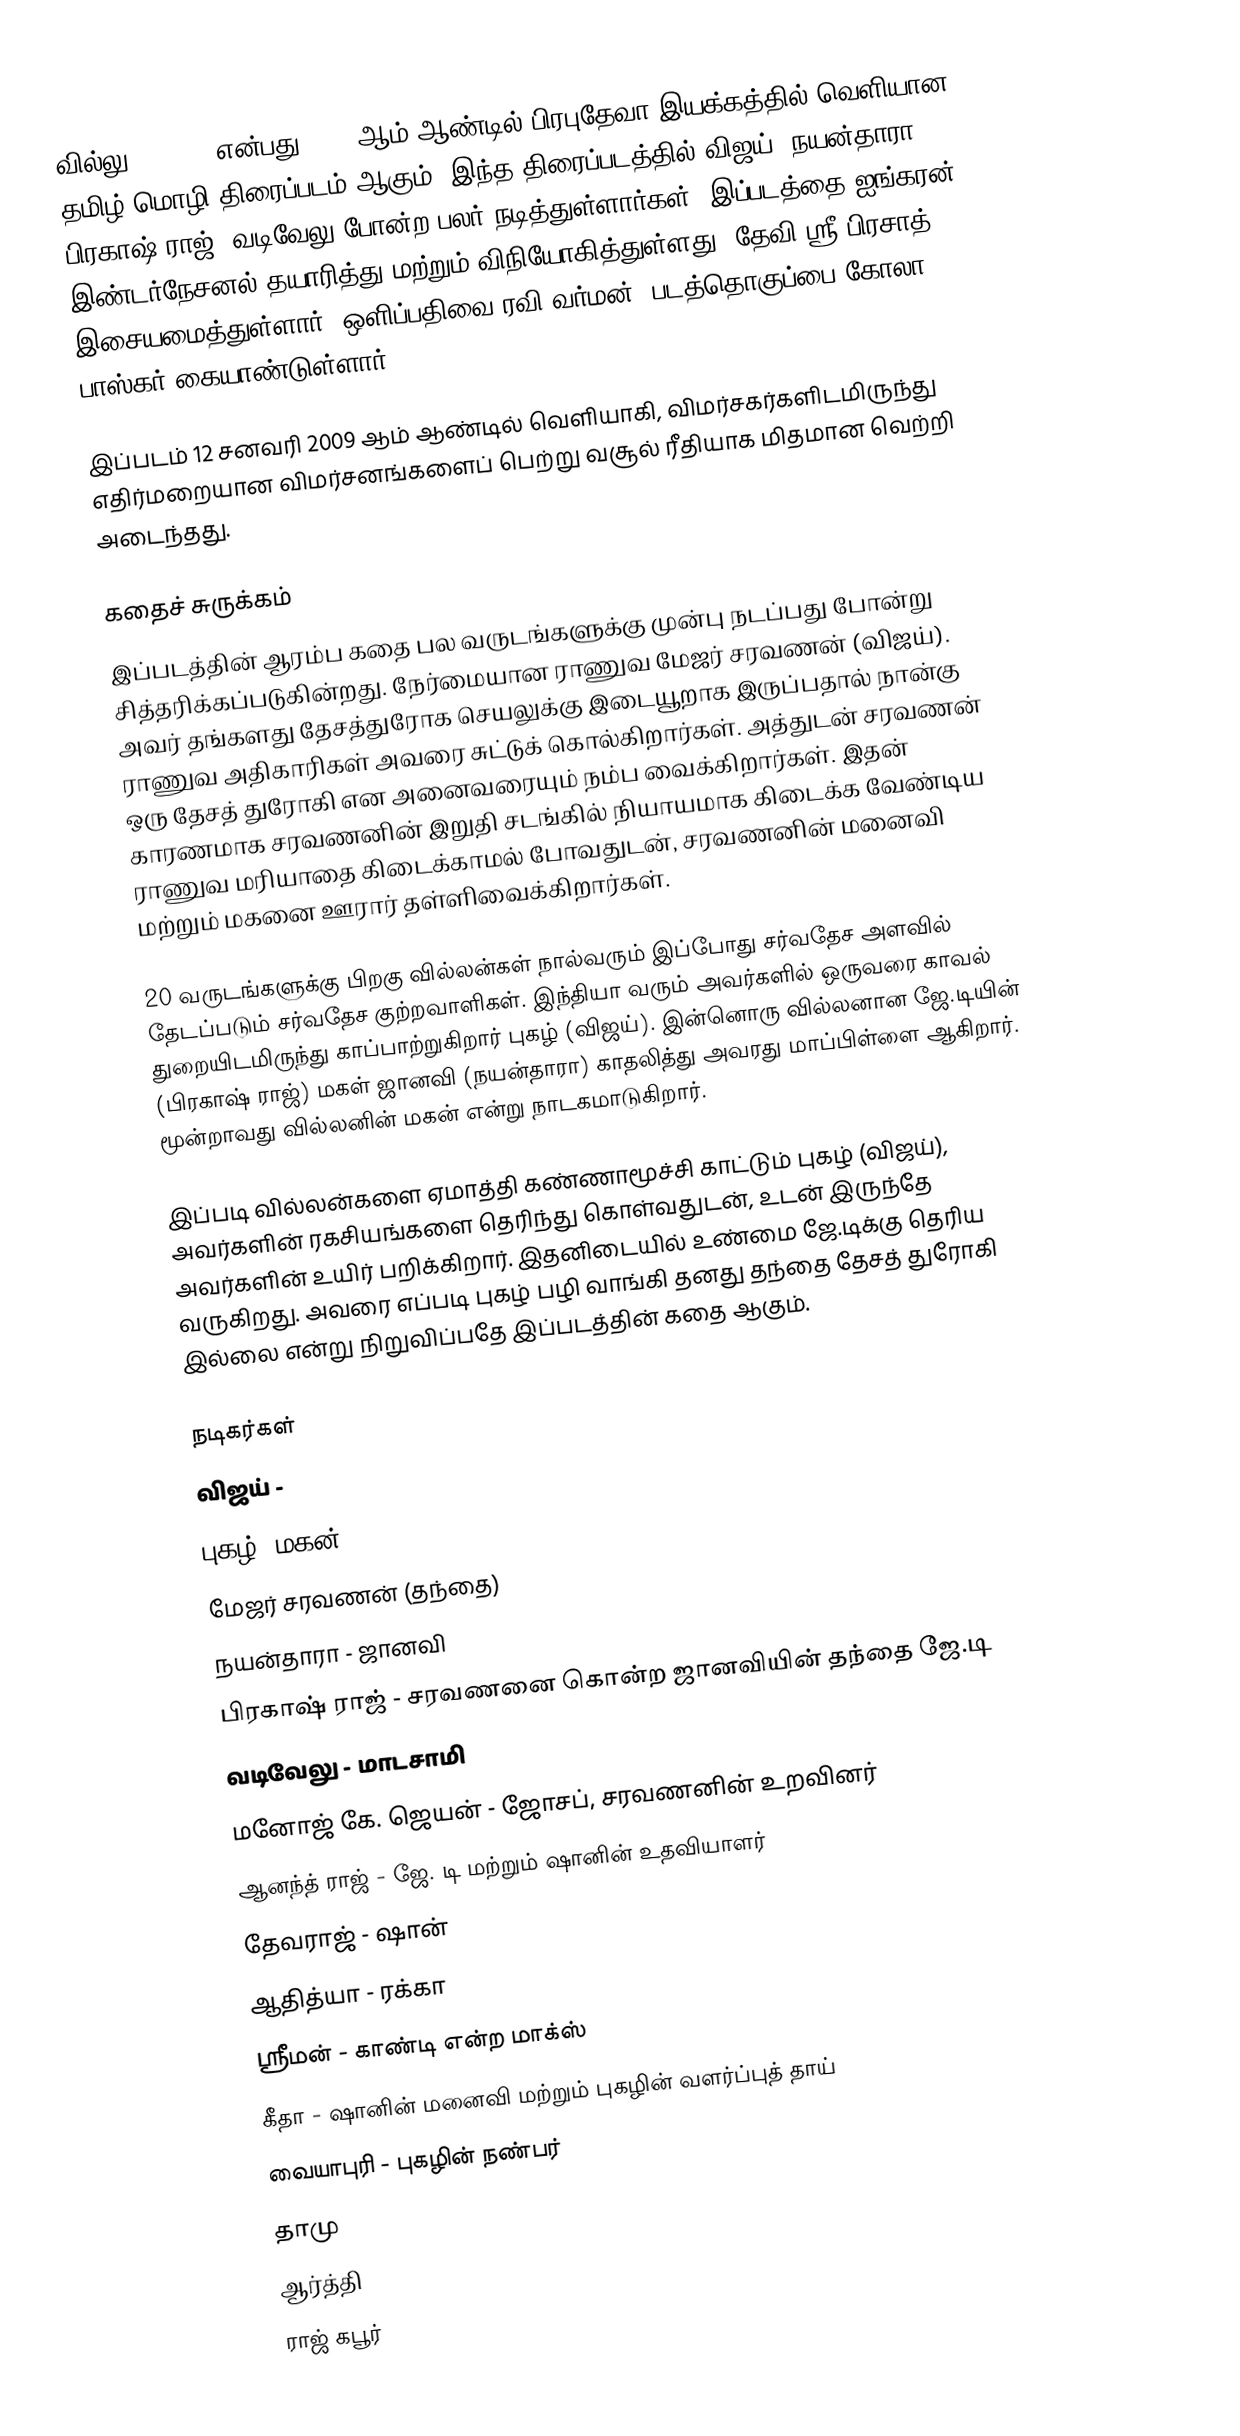
வில்லு (Villu) என்பது 2009 ஆம் ஆண்டில் பிரபுதேவா இயக்கத்தில் வெளியான தமிழ்-மொழி திரைப்படம் ஆகும். இந்த திரைப்படத்தில் விஜய், நயன்தாரா, பிரகாஷ் ராஜ், வடிவேலு போன்ற பலர் நடித்துள்ளார்கள். இப்படத்தை ஐங்கரன் இண்டர்நேசனல் தயாரித்து மற்றும் விநியோகித்துள்ளது, தேவி ஸ்ரீ பிரசாத் இசையமைத்துள்ளார். ஒளிப்பதிவை ரவி வர்மன், படத்தொகுப்பை கோலா பாஸ்கர் கையாண்டுள்ளார்.

இப்படம் 12 சனவரி 2009 ஆம் ஆண்டில் வெளியாகி, விமர்சகர்களிடமிருந்து எதிர்மறையான விமர்சனங்களைப் பெற்று வசூல் ரீதியாக மிதமான வெற்றி அடைந்தது.

கதைச் சுருக்கம்
இப்படத்தின் ஆரம்ப கதை பல வருடங்களுக்கு முன்பு நடப்பது போன்று சித்தரிக்கப்படுகின்றது. நேர்மையான ராணுவ மேஜர் சரவணன் (விஜய்). அவர் தங்களது தேசத்துரோக செயலுக்கு இடையூறாக இருப்பதால் நான்கு ராணுவ அதிகாரிகள் அவரை சுட்டுக் கொல்கிறார்கள். அத்துடன் சரவணன் ஒரு தேசத் துரோகி என அனைவரையும் நம்ப வைக்கிறார்கள். இதன் காரணமாக சரவணனின் இறுதி சடங்கில் நியாயமாக கிடைக்க வேண்டிய ராணுவ மரியாதை கிடைக்காமல் போவதுடன், சரவணனின் மனைவி மற்றும் மகனை ஊரார் தள்ளிவைக்கிறார்கள்.

20 வருடங்களுக்கு பிறகு வில்லன்கள் நால்வரும் இப்போது சர்வதேச அளவில் தேடப்படும் சர்வதேச குற்றவாளிகள். இந்தியா வரும் அவர்களில் ஒருவரை காவல் துறையிடமிருந்து காப்பாற்றுகிறார் புகழ் (விஜய்). இன்னொரு வில்லனான ஜே.டியின் (பிரகாஷ் ராஜ்) மகள் ஜானவி (நயன்தாரா) காதலித்து அவரது மாப்பிள்ளை ஆகிறார். மூன்றாவது வில்லனின் மகன் என்று நாடகமாடுகிறார்.

இப்படி வில்லன்களை ஏமாத்தி கண்ணாமூச்சி காட்டும் புகழ் (விஜய்), அவர்களின் ரகசியங்களை தெரிந்து கொள்வதுடன், உடன் இருந்தே அவர்களின் உயிர் பறிக்கிறார். இதனிடையில் உண்மை ஜே.டிக்கு தெரிய வருகிறது. அவரை எப்படி புகழ் பழி வாங்கி தனது தந்தை தேசத் துரோகி இல்லை என்று நிறுவிப்பதே இப்படத்தின் கதை ஆகும்.

நடிகர்கள்
 விஜய் -
 புகழ் (மகன்)
 மேஜர் சரவணன் (தந்தை)
 நயன்தாரா - ஜானவி
 பிரகாஷ் ராஜ் - சரவணனை கொன்ற ஜானவியின் தந்தை ஜே.டி
 வடிவேலு - மாடசாமி
 மனோஜ் கே. ஜெயன் - ஜோசப், சரவணனின் உறவினர்
 ஆனந்த் ராஜ் - ஜே. டி மற்றும் ஷானின் உதவியாளர்
 தேவராஜ் - ஷான்
 ஆதித்யா - ரக்கா
 ஸ்ரீமன் - காண்டி என்ற மாக்ஸ்
 கீதா - ஷானின் மனைவி மற்றும் புகழின் வளர்ப்புத் தாய்
 வையாபுரி - புகழின் நண்பர்
 தாமு
 ஆர்த்தி
 ராஜ் கபூர்